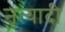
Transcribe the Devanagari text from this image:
नृत्यादी